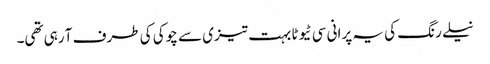
نیلے رنگ کی یہ پرانی سی ٹیوٹا بہت تیزی سے چوکی کی طرف آ رہی تھی۔